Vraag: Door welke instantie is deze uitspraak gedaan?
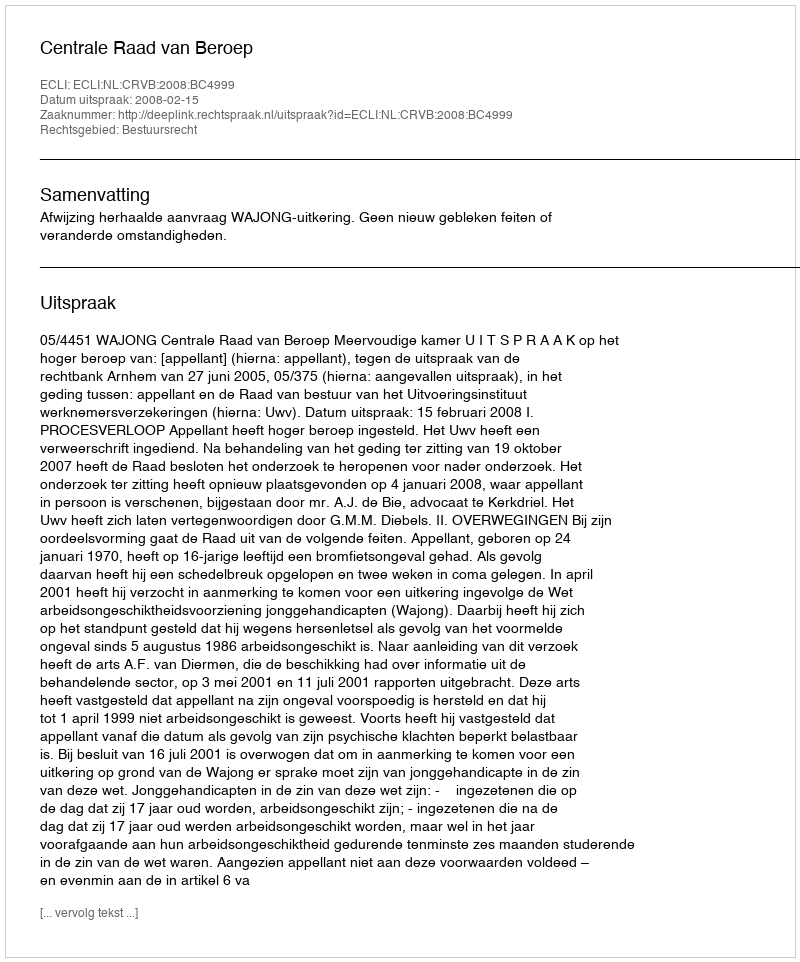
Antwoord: Centrale Raad van Beroep